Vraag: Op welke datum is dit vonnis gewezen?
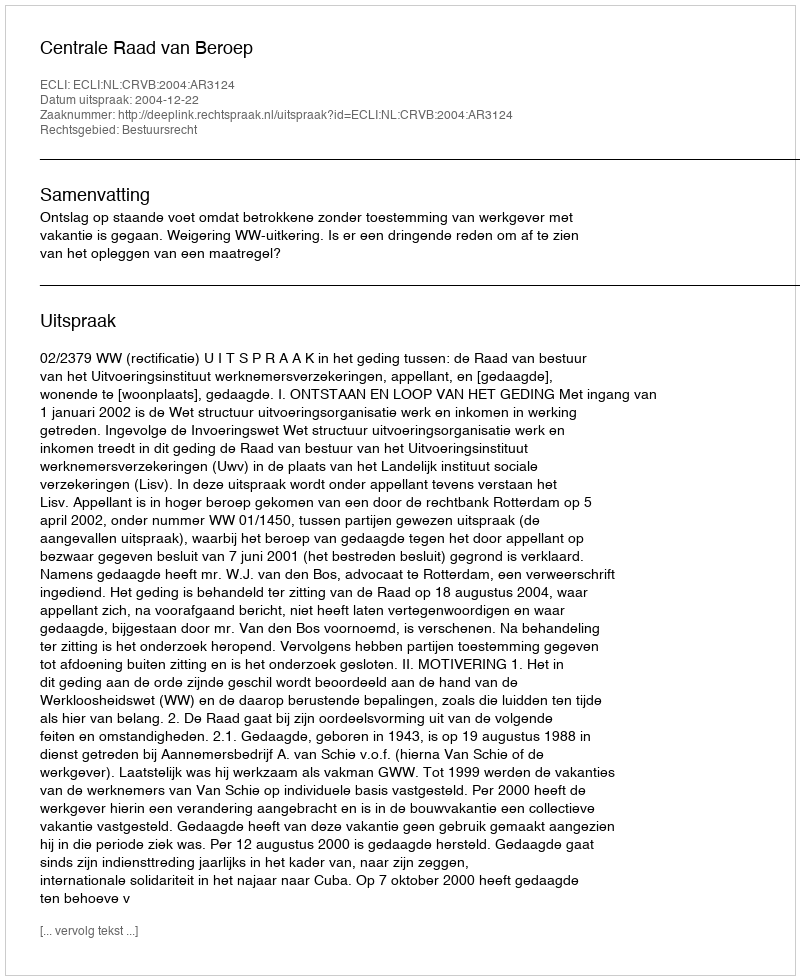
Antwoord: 2004-12-22